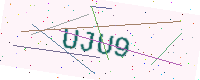
Text: UJU9